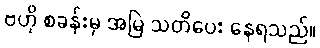
ဗဟို စခန်းမှ အမြဲ သတိပေး နေရသည်။